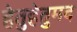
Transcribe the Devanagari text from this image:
हेतुहेतुमद